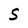
Character: S